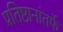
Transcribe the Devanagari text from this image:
प्रतिष्ठानांतर्फे